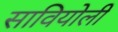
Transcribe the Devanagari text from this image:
सावियोली